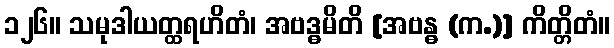
၁၂၆။ သမုဒါယတ္ထရဟိတံ၊ အဗဒ္ဓမိတိ [အဗန္ဓ (က.)] ကိတ္တိတံ။